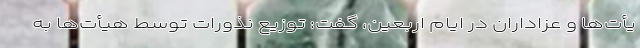
یأت‌ها و عزاداران در ایام اربعین، گفت: توزیع نذورات توسط هیأت‌ها به